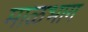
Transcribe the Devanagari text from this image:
माळभाग